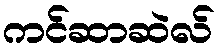
ကင်ဆာဆဲလ်